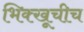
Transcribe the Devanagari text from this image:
भिक्खूचीच